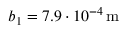
b _ { 1 } = 7 . 9 \cdot 1 0 ^ { - 4 } \, \mathrm { m }